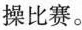
操比赛。